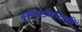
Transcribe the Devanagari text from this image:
सपाटबयानी